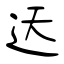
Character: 迗